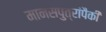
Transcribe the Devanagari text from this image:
मानसपुत्रांपैकी